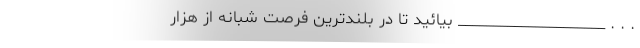
. . . _____________________ بیائید تا در بلندترین فرصت شبانه از هزار